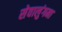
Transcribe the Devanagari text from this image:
सेवालुंगमा